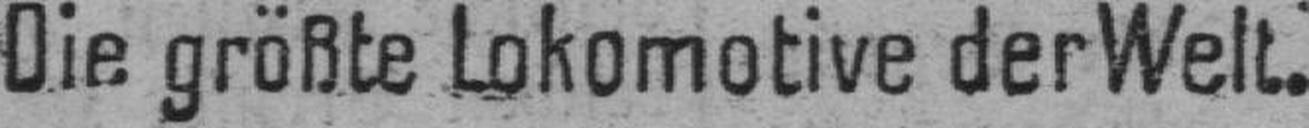
Die größte Lokomotive der Welt.